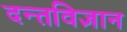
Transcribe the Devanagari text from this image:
दन्तविज्ञान